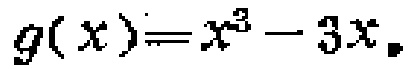
\(g(x)=x^{3}-3x\)